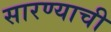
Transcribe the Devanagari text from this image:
सारण्याची